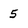
Character: 5